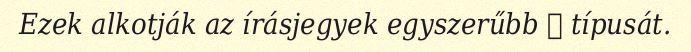
Ezek alkotják az írásjegyek egyszerűbb 文 típusát.